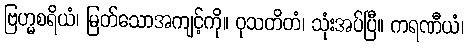
ဗြဟ္မစရိယံ၊ မြတ်သောအကျင့်ကို။ ဝုသတိတံ၊ သုံးအပ်ပြီ။ ကရဏီယံ၊